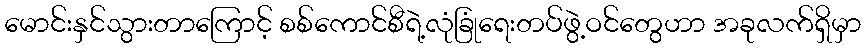
မောင်းနှင်သွားတာကြောင့် စစ်ကောင်စီရဲ့လုံခြုံရေးတပ်ဖွဲ့ဝင်တွေဟာ အခုလက်ရှိမှာ